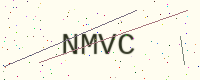
Text: NMVC